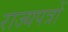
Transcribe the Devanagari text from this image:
राज्यपत्रों